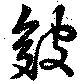
皴